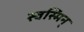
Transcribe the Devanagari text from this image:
स्वस्मिन्